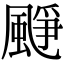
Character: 𩗲